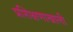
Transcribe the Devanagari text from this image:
प्रशिक्षणाखाली